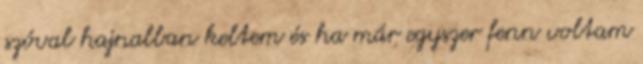
szóval hajnalban keltem és ha már egyszer fenn voltam